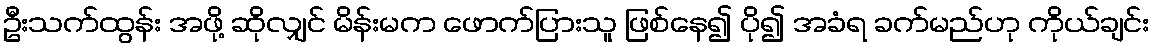
ဦးသက်ထွန်း အဖို့ ဆိုလျှင် မိန်းမက ဖောက်ပြားသူ ဖြစ်နေ၍ ပို၍ အခံရ ခက်မည်ဟု ကိုယ်ချင်း